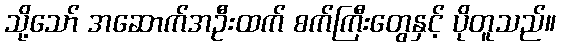
သို့သော် အဆောက်အဦးထက် စက်ကြီးတွေနှင့် ပိုတူသည်။